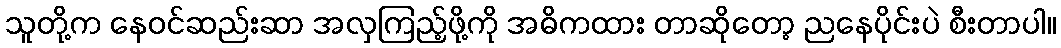
သူတို့က နေဝင်ဆည်းဆာ အလှကြည့်ဖို့ကို အဓိကထား တာဆိုတော့ ညနေပိုင်းပဲ စီးတာပါ။